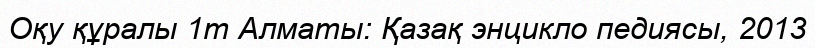
Оқу құралы 1т Алматы: Қазақ энцикло педиясы, 2013